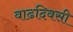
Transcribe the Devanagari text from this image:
वाढदिवसी